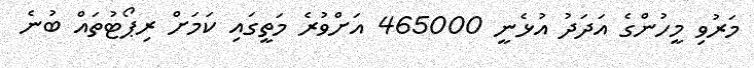
މަރުވި މީހުންގެ އަދަދު އުޅެނީ 465000 އަށްވުރެ މަތީގައި ކަމަށް ރިޕޯޓުތައް ބުނެ